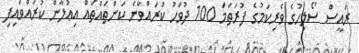
ރައީސް ސޯލިހުގެ ވެރިކަމުގެ ފުރަތަމަ 100 ދުވަހު ކުރައްވާނެ ކަންތައްތައް އިޢުލާން ކުރައްވައިފި